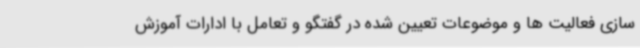
سازی فعالیت ها و موضوعات تعیین شده در گفتگو و تعامل با ادارات آموزش